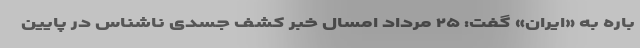
باره به «ایران» گفت: ۲۵ مرداد امسال خبر کشف جسدی ناشناس در پایین